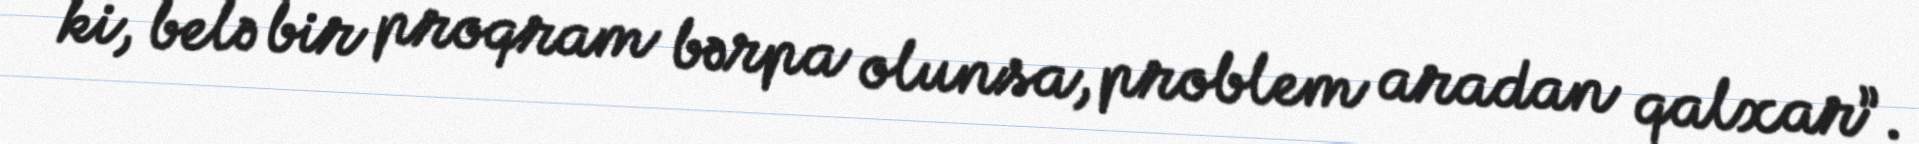
ki, belə bir proqram bərpa olunsa, problem aradan qalxar”.